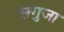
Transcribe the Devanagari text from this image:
सगुजा